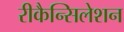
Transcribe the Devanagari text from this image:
रीकैन्सिलेशन